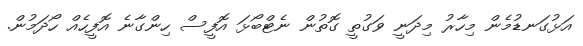
އަޅުގަނޑުމެން މިހާރު މިދަނީ ވަގުތީ ގޮތުން ނެޓްބޯޅަ އޮފީސް ހިންގާނެ އޮފީހެއް ހޯދަމުން.